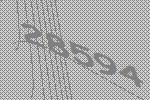
28594